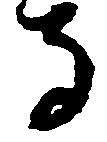
寺